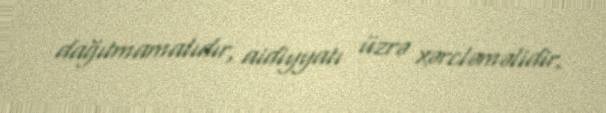
dağıtmamalıdır, aidiyyatı üzrə xərcləməlidir.